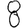
Digit: 8